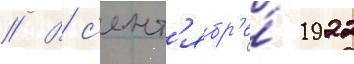
// В с'ент'ябр'е́ 1922